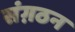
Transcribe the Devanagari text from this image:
संग़ठन